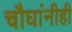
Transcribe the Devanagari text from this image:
चौघांनीही